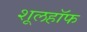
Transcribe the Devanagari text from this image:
शूलहॉफ